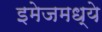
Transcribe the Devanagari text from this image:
इमेजमध्ये